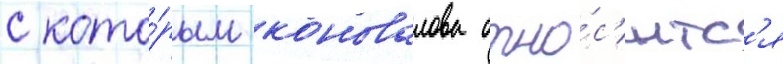
с кото́рым коновалова отно́с'итс'я